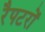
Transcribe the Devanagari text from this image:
रैपटरों